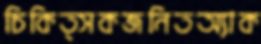
চিকিত্সকজনিতঅ্যাক